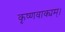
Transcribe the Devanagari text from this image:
कृष्णवाक्यम्।